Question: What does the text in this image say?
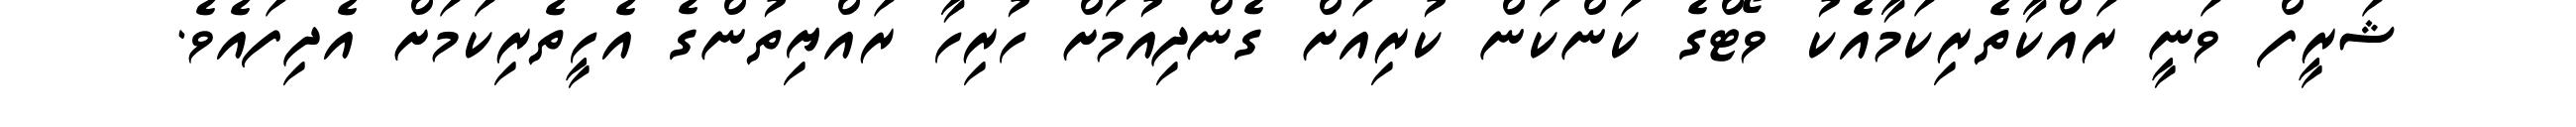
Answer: ޝަރީފް ވަނީ ރައްކާތެރިކަމާއެކު ވޯޓްގެ ކަންކަން ކުރިއަށް ގެންދިއުމަށް ހުރިހާ ރައްޔިތުންގެ އެހީތެރިކަމަށް އެދިފައެވެ.